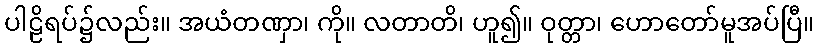
ပါဠိရပ်၌လည်း။ အယံတဏှာ၊ ကို။ လတာတိ၊ ဟူ၍။ ဝုတ္တာ၊ ဟောတော်မူအပ်ပြီ။